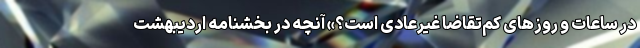
در ساعات و روزهای کم‌تقاضا غیرعادی است؟» آنچه در بخشنامه اردیبهشت